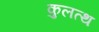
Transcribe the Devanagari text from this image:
कुलत्थ